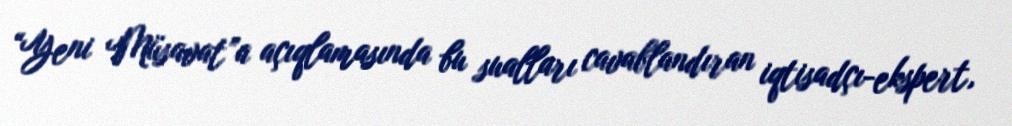
“Yeni Müsavat”a açıqlamasında bu sualları cavablandıran iqtisadçı-ekspert,